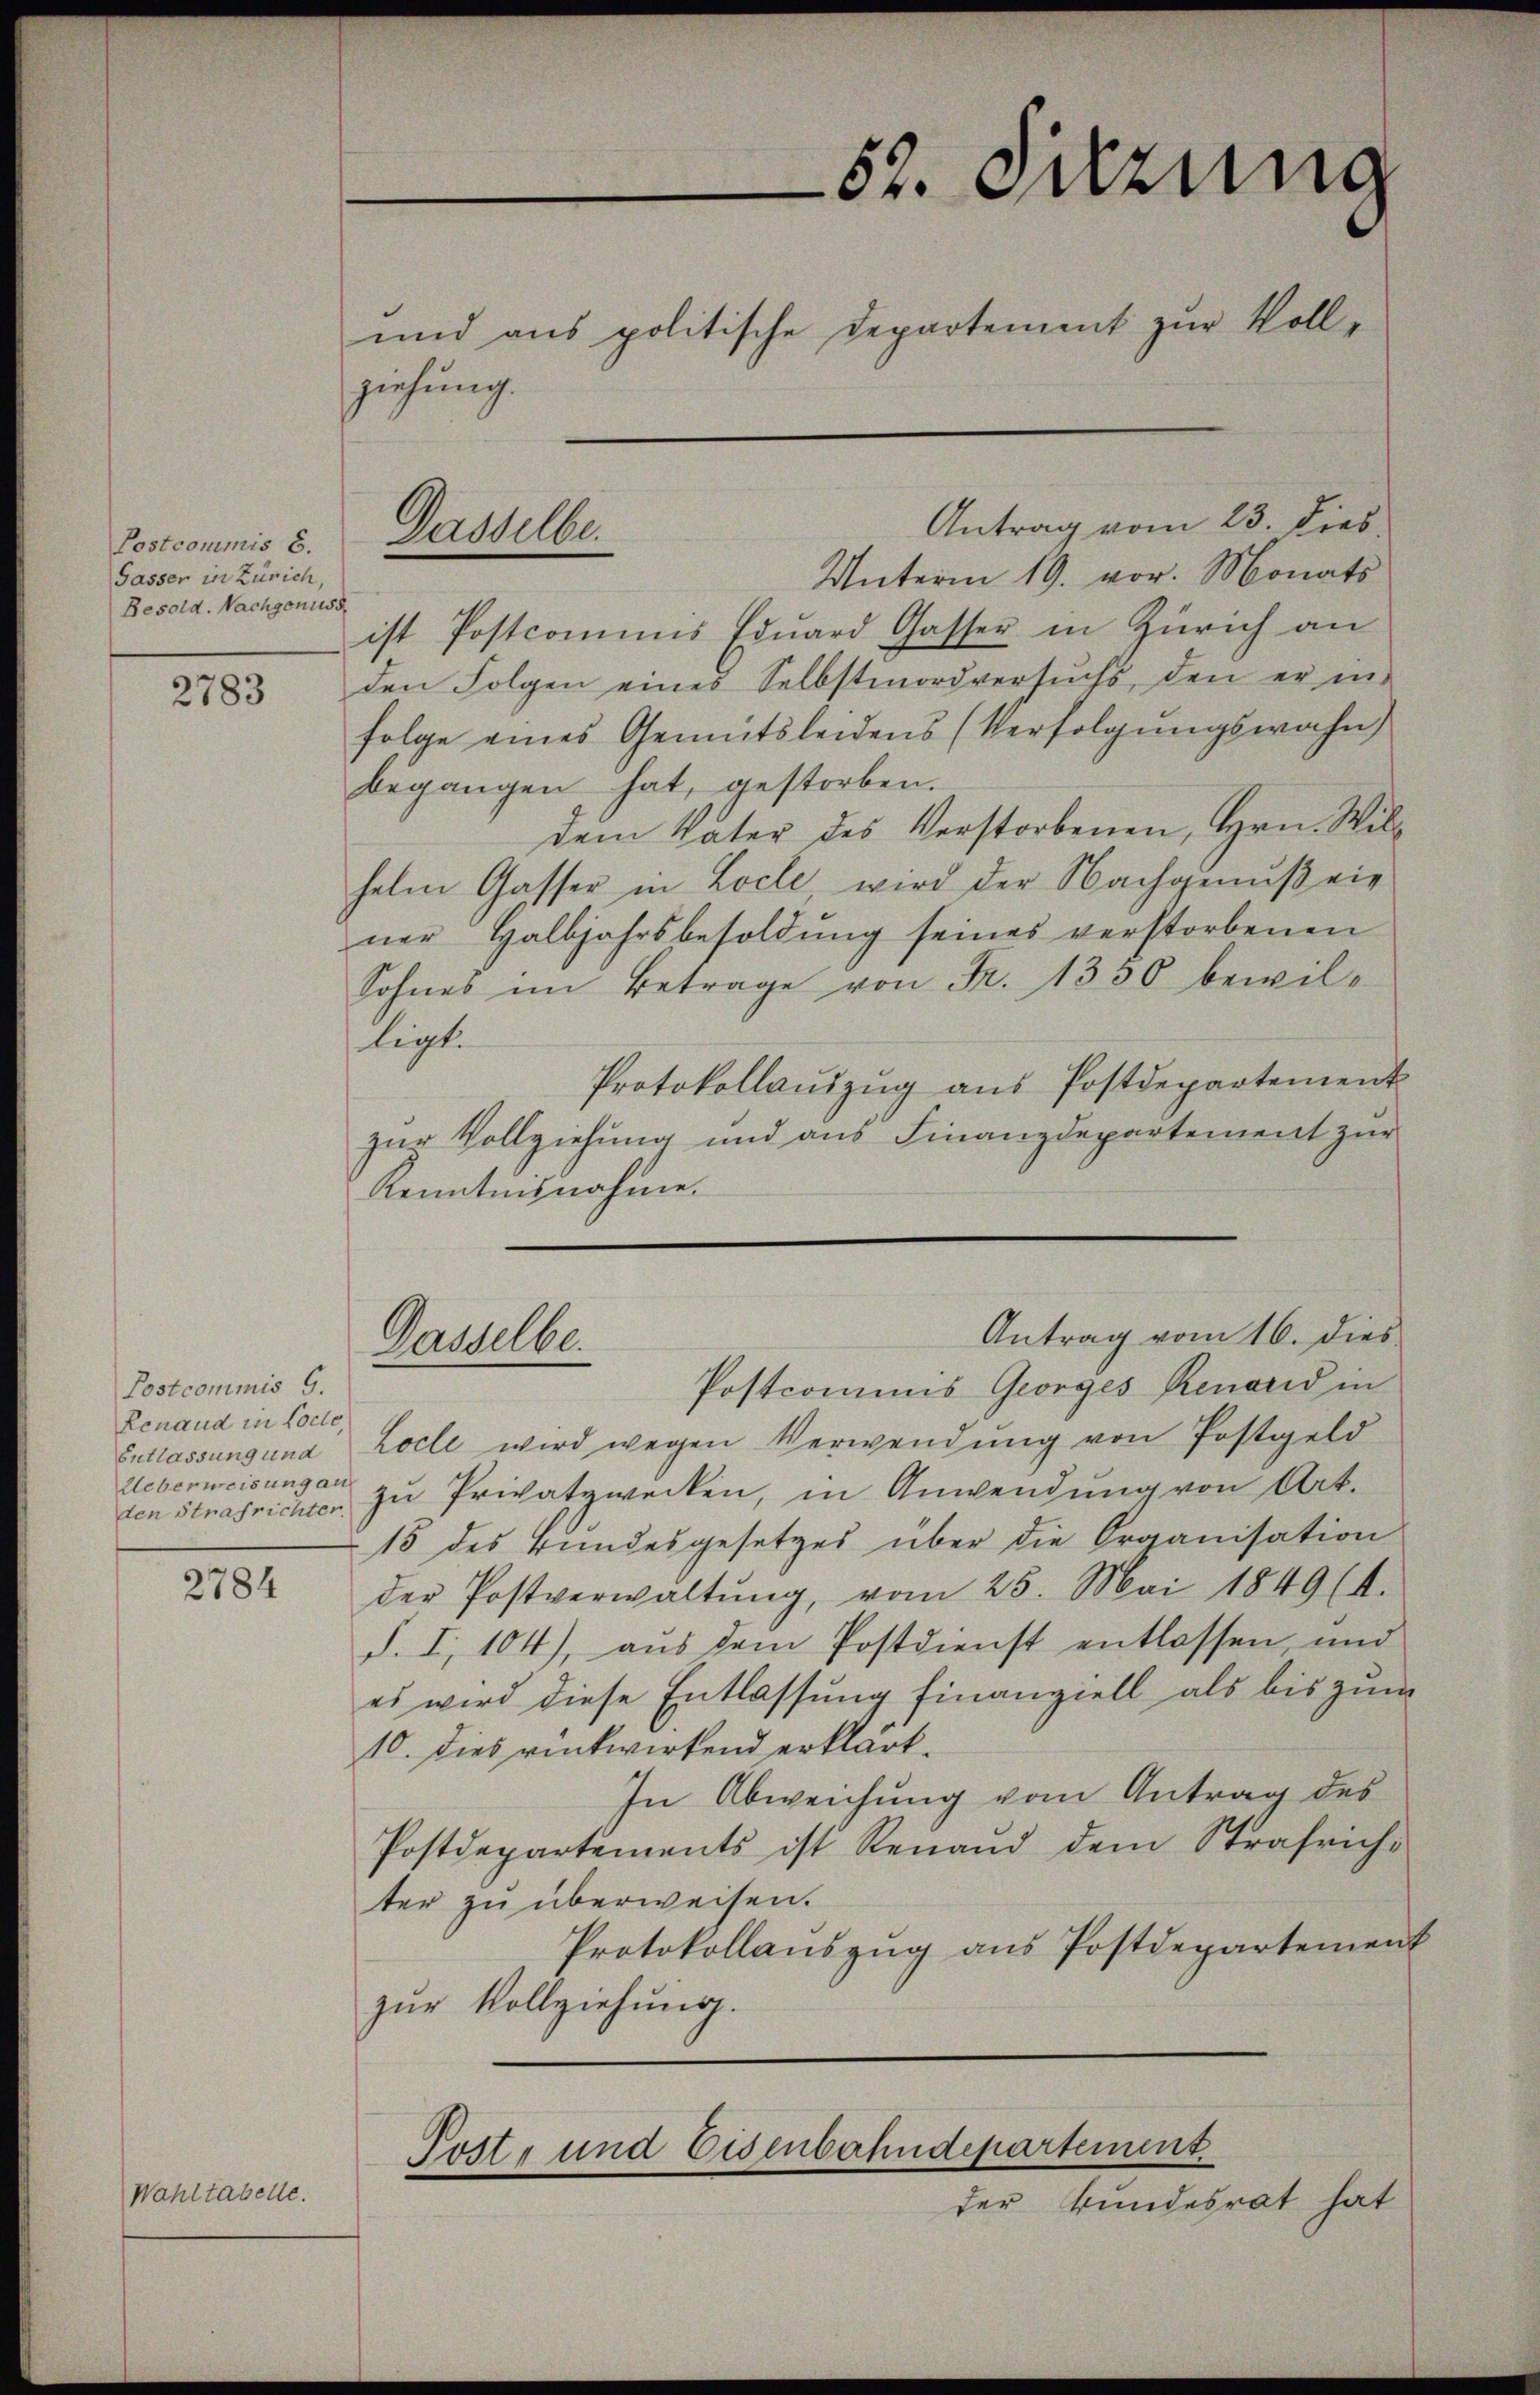
Postcommis 6.
Gasser in Zürich,
Besold. Nachgenuss.

2783

Postcommis 9.
Renaud in Colle,
Entlassung und
Ueberweisung an
den Strafrichter.

2784

Wahltabelle.

ziehung.

Antrag vom 23. Dieb
Unterm 19. vor. Monats
ist Postcommis Edŭard Gasser in Zürich an
den Folgen eines Selbstmordversuchs, den er in
folge eines Gemütsleidens (Verfolgungswahn
begangen hat, gestorben.
dem Vater des Verstorbenen, Hrn. Wilhelm Gasser in Loche, wird der Nachgenuß ein
ner Halbjahrsbesoldŭng seines verstorbenen
Sohnes im Betrage von Fr. 1350 bewilligt.
Protokollaŭszŭg aŭs Postdepartement
zur Vollziehung und aus Finanzdepartement zur
Kenntnisnahme.
Antrag vom 16. dies
Gasselbe.
Postcommis Georges Renard in
Locle wird wegen Verwendung von Postgeld
zu Privatzwecken, in Anwendung von Art.
15 des Bundesgesetzes über die Organisation
der Postverwaltŭng, vom 25. Mai 1849 (4.
d. I, 104), aus dem Postdienst entlassen, und
es wird diese Entlassung finanziell als bis zum
10. dies rentwirkend erklärt.
In Abweichung vom Antrag des
Postdepartements ist Renand dem Strafricht
ter zu überweisen.
Protokollaŭszŭg ans Postdepartement
zŭr Vollziehung.

Dasselbe.

52. Dazung
und aus politische Departement zur Voll¬

Post- und Eisenbahndepartement

der Bundesrat hat